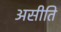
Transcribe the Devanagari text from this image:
असीति